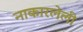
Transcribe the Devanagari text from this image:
नाकारलेली